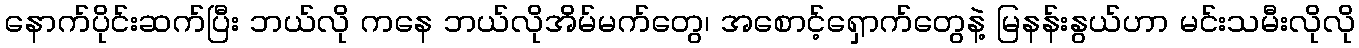
နောက်ပိုင်းဆက်ပြီး ဘယ်လို ကနေ ဘယ်လိုအိမ်မက်တွေ၊ အစောင့်ရှောက်တွေနဲ့ မြနန်းနွယ်ဟာ မင်းသမီးလိုလို